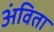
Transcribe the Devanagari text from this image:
अंविता